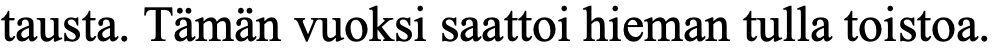
tausta. Tämän vuoksi saattoi hieman tulla toistoa.